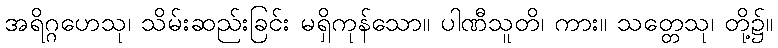
အရိဂ္ဂဟေသု၊ သိမ်းဆည်းခြင်း မရှိကုန်သော။ ပါဏီသူတိ၊ ကား။ သတ္တေသု၊ တို့၌။